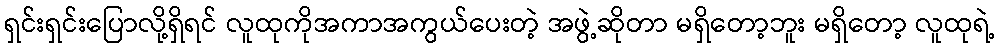
ရှင်းရှင်းပြောလို့ရှိရင် လူထုကိုအကာအကွယ်ပေးတဲ့ အဖွဲ့ဆိုတာ မရှိတော့ဘူး မရှိတော့ လူထုရဲ့